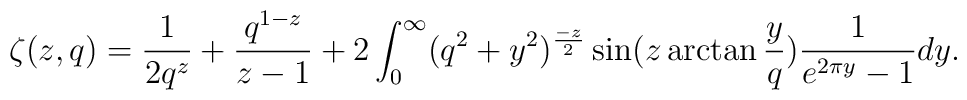
\zeta(z,q)=\frac{1}{2q^{z}}+\frac{q^{1-z}}{z-1}+2\int^{\infty}_{0}(q^{2}+y^{2})^{\frac{-z}{2}}\sin(z\arctan\frac{y}{q})\frac{1}{e^{2\pi y}-1}dy.